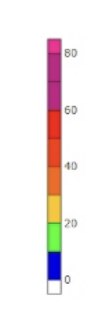
Blue: 0 to 10
Green: 10 to 20
Yellow: 20 to 30
Orange: 30 to 40
Dark Orange: 40 to 50
Red: 50 to 60
Magenta: 60 to 80
Pink: 80 to 85